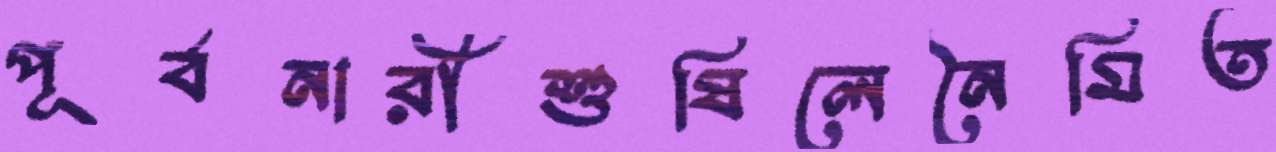
পূর্বনারীশুষিলেনৈমিত